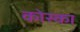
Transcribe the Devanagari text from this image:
कोस्का